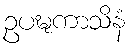
ဥပဍ္ဎကာသိနံ